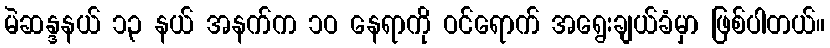
မဲဆန္ဒနယ် ၁၃ နယ် အနက်က ၁ဝ နေရာကို ဝင်ရောက် အရွေးချယ်ခံမှာ ဖြစ်ပါတယ်။